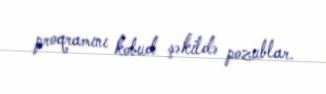
proqramını kobud şəkildə pozublar.